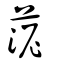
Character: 𦰫